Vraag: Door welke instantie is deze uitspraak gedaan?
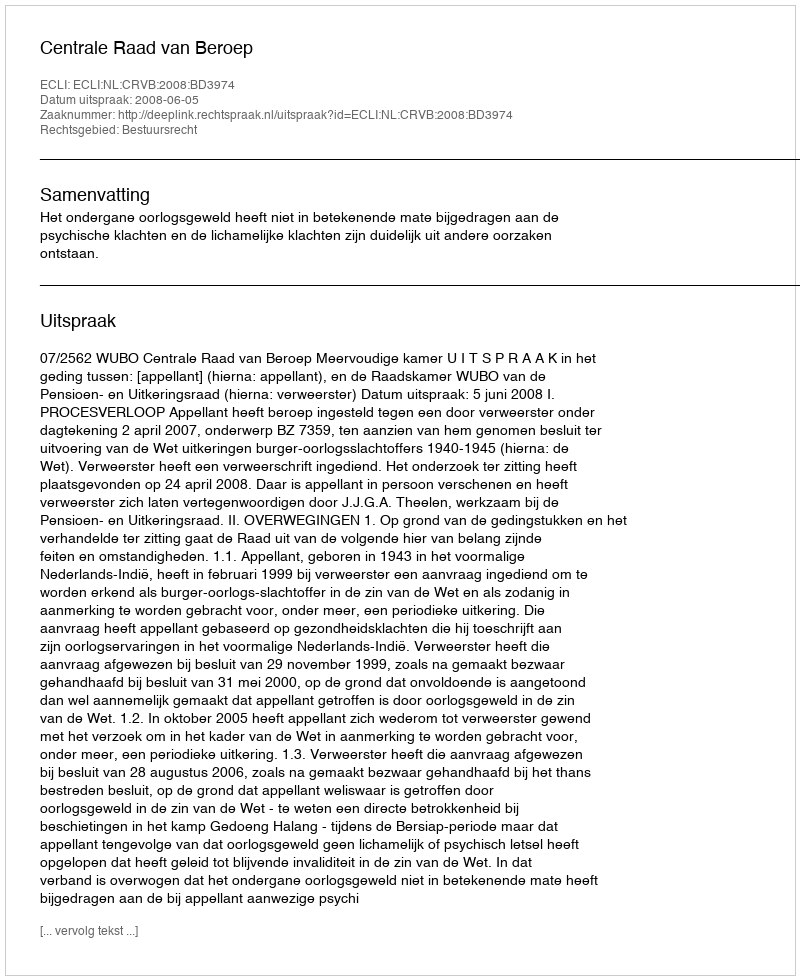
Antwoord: Centrale Raad van Beroep